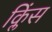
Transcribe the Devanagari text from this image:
क्लिंस